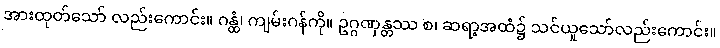
အားထုတ်သော် လည်းကောင်း။ ဂန္ထံ၊ ကျမ်းဂန်ကို။ ဥဂ္ဂဏှန္တဿ စ၊ ဆရာ့အထံ၌ သင်ယူသော်လည်းကောင်း။